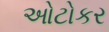
ઓટોકર